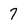
Character: 7